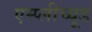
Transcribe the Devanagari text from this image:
एम्प्लीच्यूड